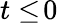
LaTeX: t\le\! 0